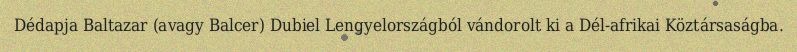
Dédapja Baltazar (avagy Balcer) Dubiel Lengyelországból vándorolt ki a Dél-afrikai Köztársaságba.